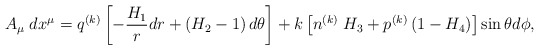
\begin{align*}A_{\mu}\;dx^{\mu}=q^{(k)}\left[-\frac{H_{1}}{r}dr+\left(H_{2}-1\right)d\theta\right]+k\left[n^{(k)}\;H_{3}+p^{(k)}\left(1-H_{4}\right)\right]\sin\theta d\phi,\end{align*}